Report on horse surra - Volume I
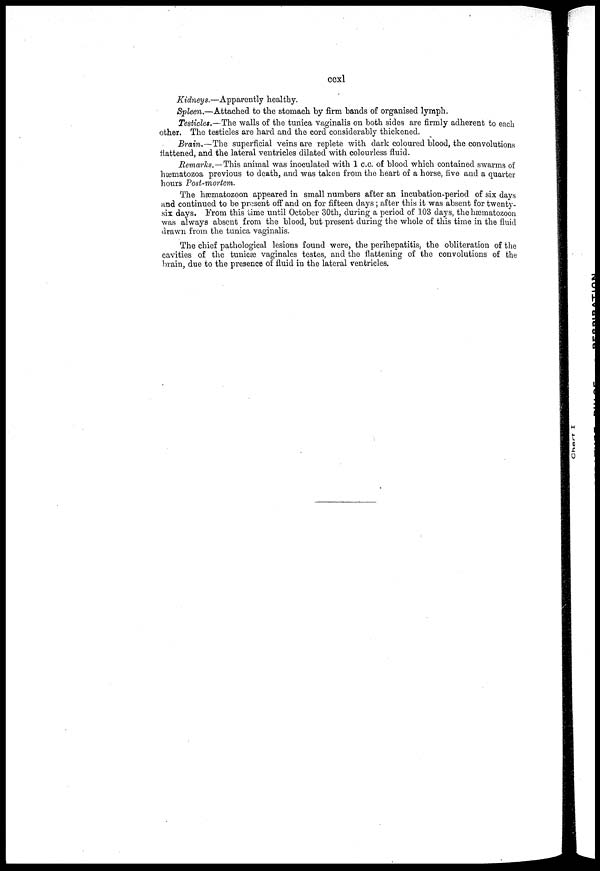
ccxl
Kidneys.—Apparently healthy.
Spleen.—Attached to the stomach by firm bands of organised lymph.
Testicles.—The walls of the tunica vaginalis on both sides are firmly adherent to each
other. The testicles are hard and the cord considerably thickened.
Brain.—The superficial veins are replete with dark coloured blood, the convolutions
flattened, and the lateral ventricles dilated with colourless fluid.
Remarks.—This animal was inoculated with 1 c.c. of blood which contained swarms of
hæmatozoa previous to death, and was taken from the heart of a horse, five and a quarter
hours Post-mortem.
The hæmatozoon appeared in small numbers after an incubation-period of six days
and continued to be present off and on for fifteen days; after this it was absent for twenty-
six days. From this time until October 30th, during a period of 103 days, the hæmatozoon
was always absent from the blood, but present during the whole of this time in the fluid
drawn from the tunica vaginalis.
The chief pathological lesions found were, the perihepatitis, the obliteration of the
cavities of the tunicæ vaginales testes, and the flattening of the convolutions of the
brain, due to the presence of fluid in the lateral ventricles.